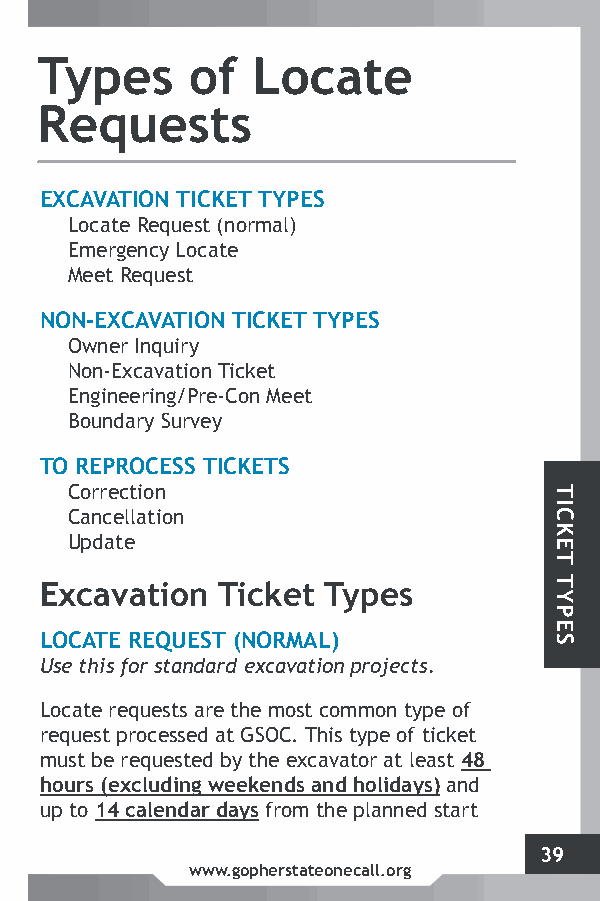
Types      of  Locate
 Requests
 EXCAVATION TICKET TYPES
 Locate Request (normal)
 Emergency Locate
 Meet Request
 NON-EXCAVATION TICKET TYPES
 Owner Inquiry
 Non-Excavation Ticket
 Engineering/Pre-Con Meet
 Boundary Survey
 TO REPROCESS TICKETS
 Correction
 Cancellation
 Update
 Excavation Ticket Types
 LOCATE REQUEST (NORMAL)
 Use this for standard excavation projects.
 Locate requests are the most common type of
 request processed at GSOC. This type of ticket
 must be requested by the excavator at least 48
 hours (excluding weekends and holidays) and
 up to 14 calendar days from the planned start
 39
 www.gopherstateonecall.org
 TICKET
 TYPES